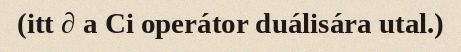
(itt ∂ a Ci operátor duálisára utal.)